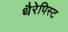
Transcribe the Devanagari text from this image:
थैरेपिस्ट